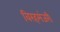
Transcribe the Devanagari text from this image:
विरहमंजरी